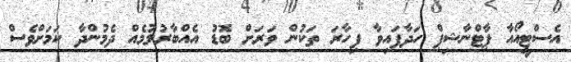
އެސްޓީއޯއާ ޕާޓްނާޝިޕް ހަދާފައިވާ ފިހާރަ ތަކުން ވަރަށް ބޮޑު އެއްބާރުލުމެއް ދެމުންދާ ކަމަށްވެސް